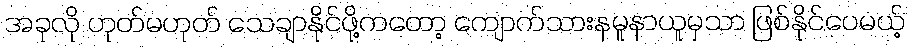
အခုလို ဟုတ်မဟုတ် သေချာနိုင်ဖို့ကတော့ ကျောက်သားနမူနာယူမှသာ ဖြစ်နိုင်ပေမယ့်